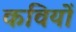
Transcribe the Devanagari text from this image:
कवियोँ